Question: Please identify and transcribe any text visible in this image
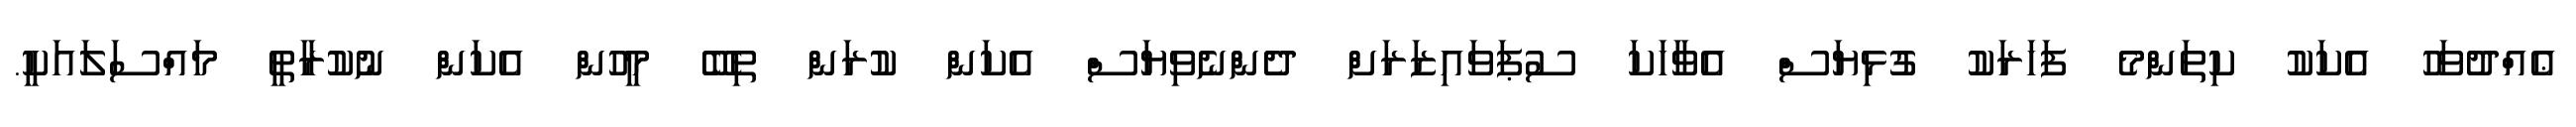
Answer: ޢެއްދުވަހު އެކަކު ކިތަންމެ ފަހަރަކު ގުޅިޔަސް އެވާހަކަ ސުޕަވައިޒަރަށް ދެންނެވިޔަސް އެކަން ކުރަން ތިބޭ މީހުން އެކަން ނުކުރާތީ މައްސަލައަކީ.